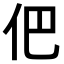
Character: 𠇕